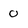
Character: 0